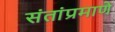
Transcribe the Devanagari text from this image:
संतांप्रमाणे